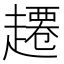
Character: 𫎾